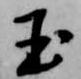
玉